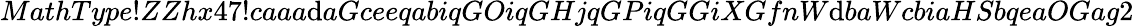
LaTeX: MathType!ZZhx47!caaa\mathrm{d}aGceeqabiqGOiqGHjqGPiqGGiXGfnW\mathrm{d}baWcbiaHSbqeaOGag2